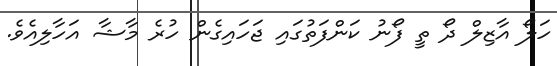
ހަލޯ އާޒިލް ދޯ ތީ ފޯނު ކަންފަތުގައި ޖަހައިގެން ހުރެ މާޝާ އަހާލިއެވެ.